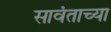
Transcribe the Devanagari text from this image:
सावंताच्या